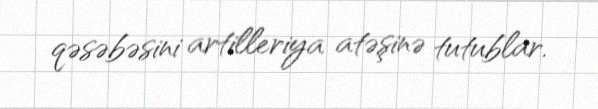
qəsəbəsini artilleriya atəşinə tutublar.